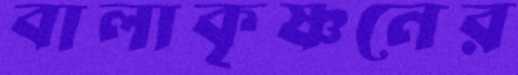
বালাকৃষ্ণনের